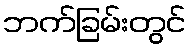
ဘက်ခြမ်းတွင်